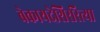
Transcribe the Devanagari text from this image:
बेकायदेशिररित्या